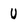
Character: U